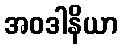
အဝဒါနိယာ